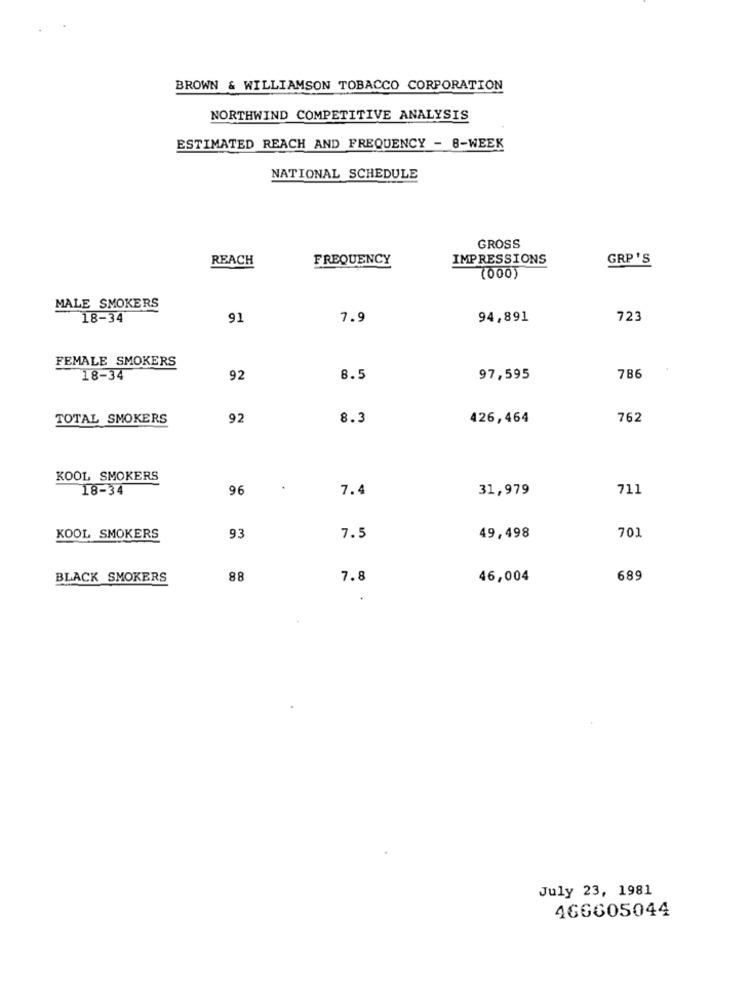
BROWN & WILLIAMSON TOBACCO CORPORATION
NORTHWIND COMPETITIVE ANALYSIS
ESTIMATED REACH AND FREQUENCY - 8-WEEK
NATIONAL SCHEDULE
GROSS
REACH
FREQUENCY
IMPRESSIONS
GRP'S
(000)
MALE SMOKERS
18-34
91
7.9
94,891
723
FEMALE SMOKERS
18-34
92
8.5
97,595
786
TOTAL SMOKERS
92
8.3
426,464
762
KOOL SMOKERS
18-34
96
7.4
31,979
711
701
KOOL SMOKERS
93
7.5
49,498
BLACK SMOKERS
88
7.8
46,004
689
July 23, 1981
466605044